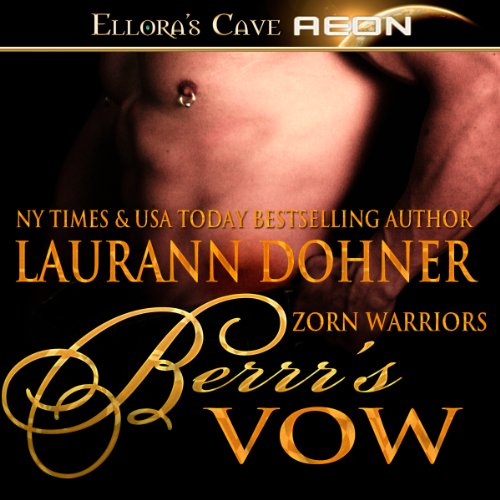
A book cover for Berrr's Vow: Zorn Warriors, Book 4; Laurann Dohner; Romance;